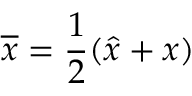
\overline { x } = \frac 1 2 ( \widehat x + x )